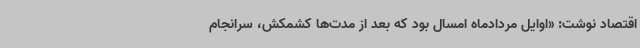
اقتصاد نوشت: «اوایل مردادماه امسال بود که بعد از مدت‌ها کشمکش، سرانجام